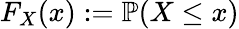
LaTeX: F_{X}(x):=\mathbb{P}(X\le x)